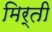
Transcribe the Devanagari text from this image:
मिर्ती